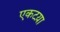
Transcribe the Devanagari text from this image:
एकटय़ा